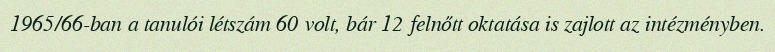
1965/66-ban a tanulói létszám 60 volt, bár 12 felnőtt oktatása is zajlott az intézményben.